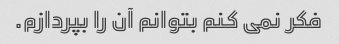
فکر نمی کنم بتوانم آن را بپردازم.